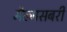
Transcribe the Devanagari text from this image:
मैल्मसबरी